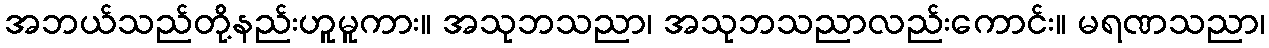
အဘယ်သည်တို့နည်းဟူမူကား။ အသုဘသညာ၊ အသုဘသညာလည်းကောင်း။ မရဏသညာ၊